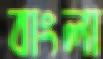
বাংলা